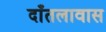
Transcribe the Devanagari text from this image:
दाँतलावास